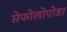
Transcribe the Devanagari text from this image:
सेफोलोपोडा